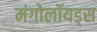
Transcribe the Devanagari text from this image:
मंगोलॉयड्स